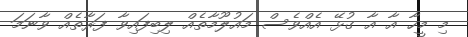
މި މީހާ އާ އާ ގުޅޭ އެއްވެސް މައުލޫމާތެއް ލިބިފައިވާ ފަރާތެއް ވާނަމަ